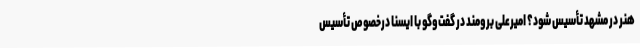
هنر در مشهد تأسیس شود؟ امیرعلی برومند در گفت‌وگو با ایسنا درخصوص تأسیس